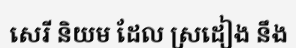
សេរី និយម ដែល ស្រដៀង នឹង